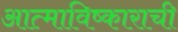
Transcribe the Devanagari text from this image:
आत्माविष्काराची